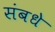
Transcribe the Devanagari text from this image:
संबधे